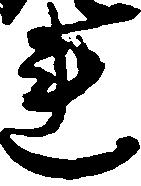
連